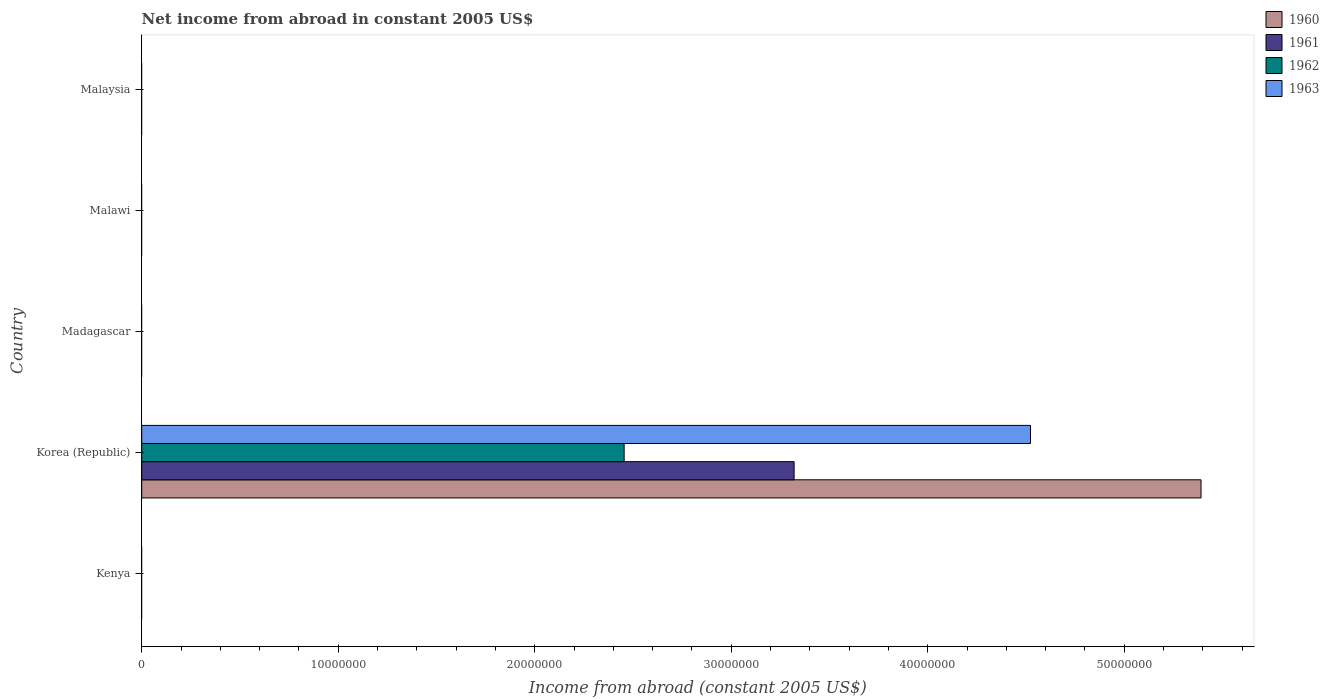
| Country | 1960 | 1961 | 1962 | 1963 |
 | --- | --- | --- | --- | --- |
 | Kenya | -2.63e+07 | -2.27e+07 | -2.31e+07 | -2.77e+07 |
 | Korea (Republic) | 5.39e+07 | 3.32e+07 | 2.45e+07 | 4.52e+07 |
 | Madagascar | -2.23e+07 | -2.31e+07 | -2.47e+07 | -2.51e+07 |
 | Malawi | -2.24e+06 | -3.08e+06 | -1.96e+06 | -2.24e+06 |
 | Malaysia | -8.17e+07 | -6.17e+07 | -4.64e+07 | -5.59e+07 |